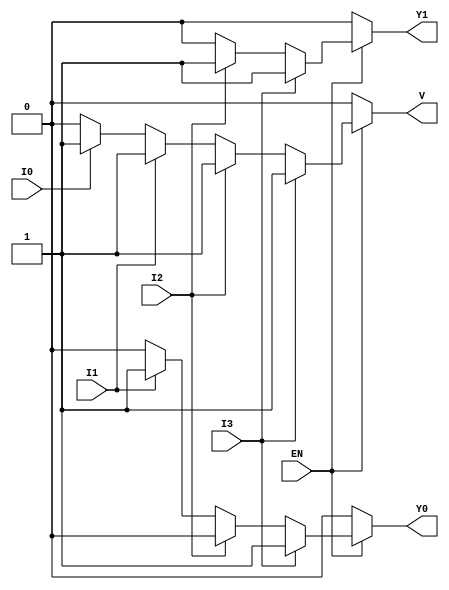
module encoder_4to2 (
    input wire I3,   // Input 3 (highest priority)
    input wire I2,   // Input 2
    input wire I1,   // Input 1
    input wire I0,   // Input 0 (lowest priority)
    input wire EN,   // Enable signal
    output reg Y1,   // Output 1
    output reg Y0,   // Output 0
    output reg V     // Valid output signal
);

always @(*) begin
    // Default values
    Y1 = 1'b0;
    Y0 = 1'b0;
    V = 1'b0;

    if (EN) begin
        if (I3) begin
            Y1 = 1'b1; 
            Y0 = 1'b1; 
            V = 1'b1; 
        end else if (I2) begin
            Y1 = 1'b1; 
            Y0 = 1'b0; 
            V = 1'b1; 
        end else if (I1) begin
            Y1 = 1'b0; 
            Y0 = 1'b1; 
            V = 1'b1; 
        end else if (I0) begin
            Y1 = 1'b0; 
            Y0 = 1'b0; 
            V = 1'b1; 
        end
    end
end

endmodule